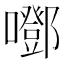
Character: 𡂱